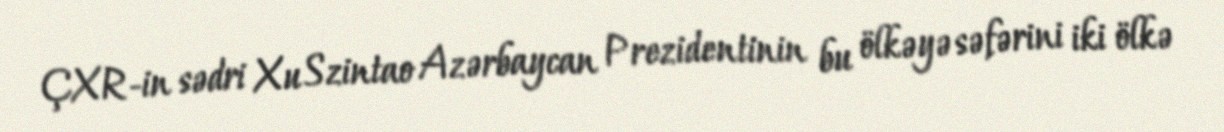
ÇXR-in sədri Xu Szintao Azərbaycan Prezidentinin bu ölkəyə səfərini iki ölkə